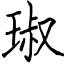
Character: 琡